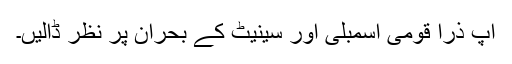
آپ ذرا قومی اسمبلی اور سینیٹ کے بحران پر نظر ڈالیں۔